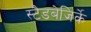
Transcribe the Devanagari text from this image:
स्टैडबेजिर्के